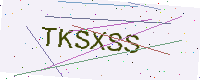
Text: TKSXSS